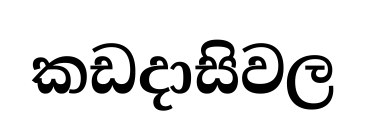
කඩදාසිවල